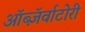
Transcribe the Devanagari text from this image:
ऑब्ज़ॅर्वाटोरी